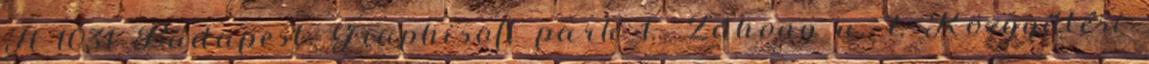
H-1031 Budapest, Graphisoft park 1., Záhony u. 7. Közgyűlési